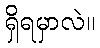
ရှိရမှာလဲ။